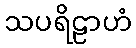
သပရိဠာဟံ